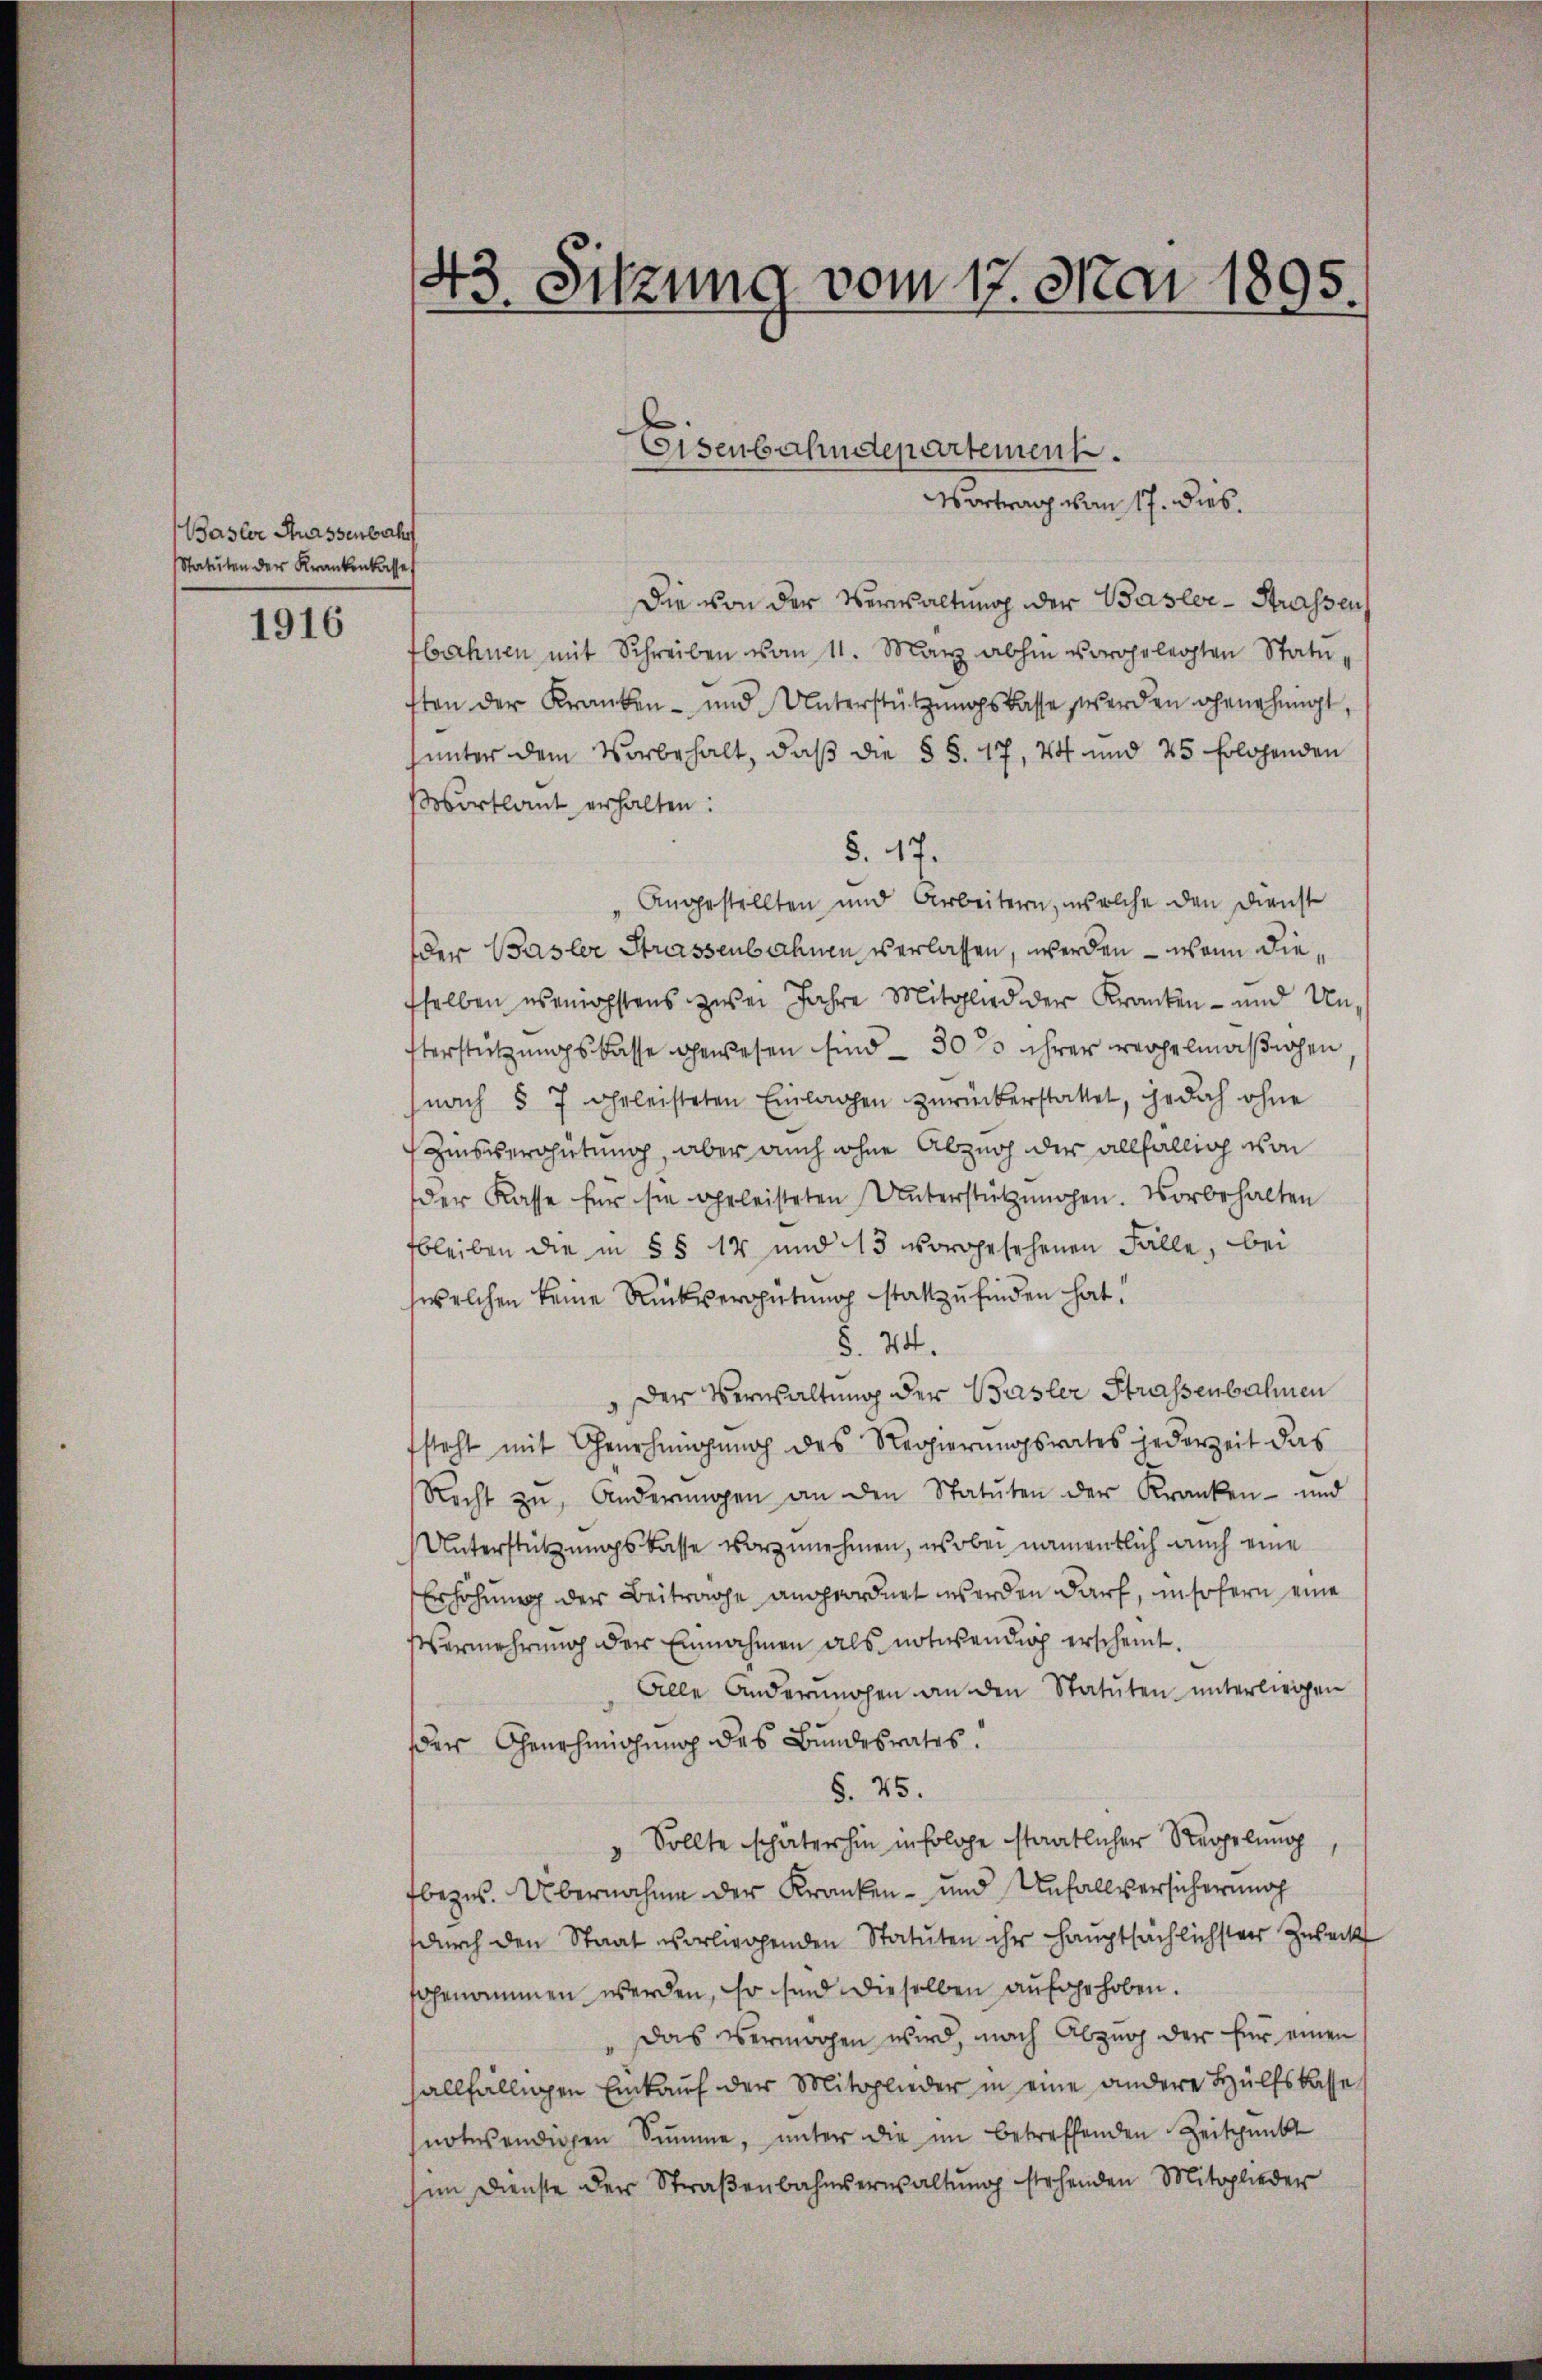
Basler Strassenbahr
Statuten der Krankenkasse

1916

Die von der Verwaltung der Basler-Strassen
bahnen mit Schreiben vom 11. März abhin vorgelegten Statu-
ften der Kranken- und Unterstützŭngskasse werden genehmigt,
unter dem Vorbehalt, daß die § §. 17, 44 und 45 folgenden
ortlaut erhalten:
§. 47.
"Angestellten und Arbeitern, welche den Dienst
der Basler Strassenbahnen verlassen, werden – wenn diesselben weichstens zwei Jahre Mitglied der Kranken- und Un
terstützungskasse gewesen sind – 30% ihrer regelmäßigen
nach § 7 gheleisteten Einlagen zŭrückerstattet, jedoch ohne
Zinsverhütung, aber auch ohne Abzug der allfällig von
der Kasse für sie geleisteten Unterstützungen. Vorbehalten
bleiben die in §§ 14 und 13 vorgesehenen Fälle, bei
welchen keine Rückvergütung stattzufinden hat!
§. 24.
 der Verwaltung der Basler Strassenbahnen
fsteht mit Genehmigung des Regierungsrates jederzeit das
Recht zŭ, Anderŭngen an den Statŭten der Kranken- und
Unterstützungskasse vorzunehmen, wobei namentlich auch eine
Erhöhung der Beitrage angeordnet werden darf, insofern eine
Vermehrung der Einnahmen als notwendig erscheint.
Alle anderŭngen an den Statuten ŭnterliegen
der Genehmigung des Bundesrates.
§. 25.
Sollte schäterhin in folge staatlicher Regelung
fbezw. Übernahme der Kranken- und Unfallversicherung
durch den Staat vorliegenden Statuten ihr Hauptsächlichster Zuseck
sgenommen werden, so sind dieselben aufgehoben.
Das vermögen wird, nach Abzug der für einen
fallfälligen Einkauf der Mitglieder in eine andere Hülfskasse
notwendigen Summe, unter die im betreffenden Zeitpunkt
im Dienste der Straβenbahnerwaltŭng stehenden Mitglieder

43. Sitzung vom 17. Mai 1895.

Eisenbahndepartement.
Vortrag von 17. dies.